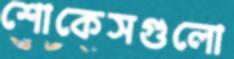
শোকেসগুলো